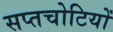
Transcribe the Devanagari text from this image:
सप्तचोटियों